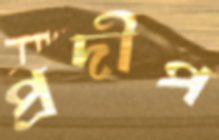
প্রদীপ